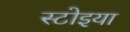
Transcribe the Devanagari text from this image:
स्टोइया